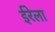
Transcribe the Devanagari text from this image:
ईरेला